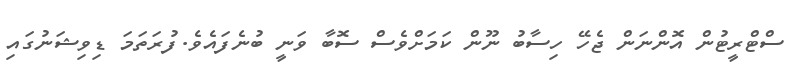
ސްޓްރީޓުން އޮންނަން ޖެހޭ ހިސާބު ނޫން ކަމަށްވެސް ސޮބާ ވަނީ ބުނެފައެވެ.ފުރަތަމަ ޑިވިޝަނުގައި